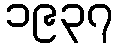
၁၉၃၇